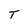
Character: T